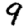
Digit: 9